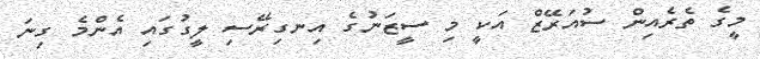
މީގެ ތެރެއިން ސުއަރޭޒް އަކީ މި ސީޒަނުގެ އިނގިރޭސި ލީގުގައި އެންމެ ގިނަ